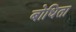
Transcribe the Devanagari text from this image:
बोधिता